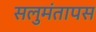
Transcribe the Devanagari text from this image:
सलुमंतापस